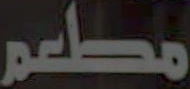
مطعم